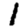
Digit: 1